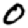
Digit: 0